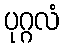
ပုဂ္ဂလံ